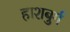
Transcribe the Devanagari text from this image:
हाशबुर्ग